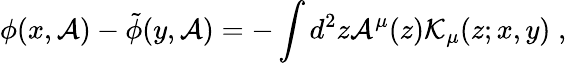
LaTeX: \phi(x,{\cal A})-\tilde{\phi}(y,{\cal A})=-\int d^{2}z{\cal A}^{\mu}(z){\cal K}_{\mu}(z;x,y)\; ,